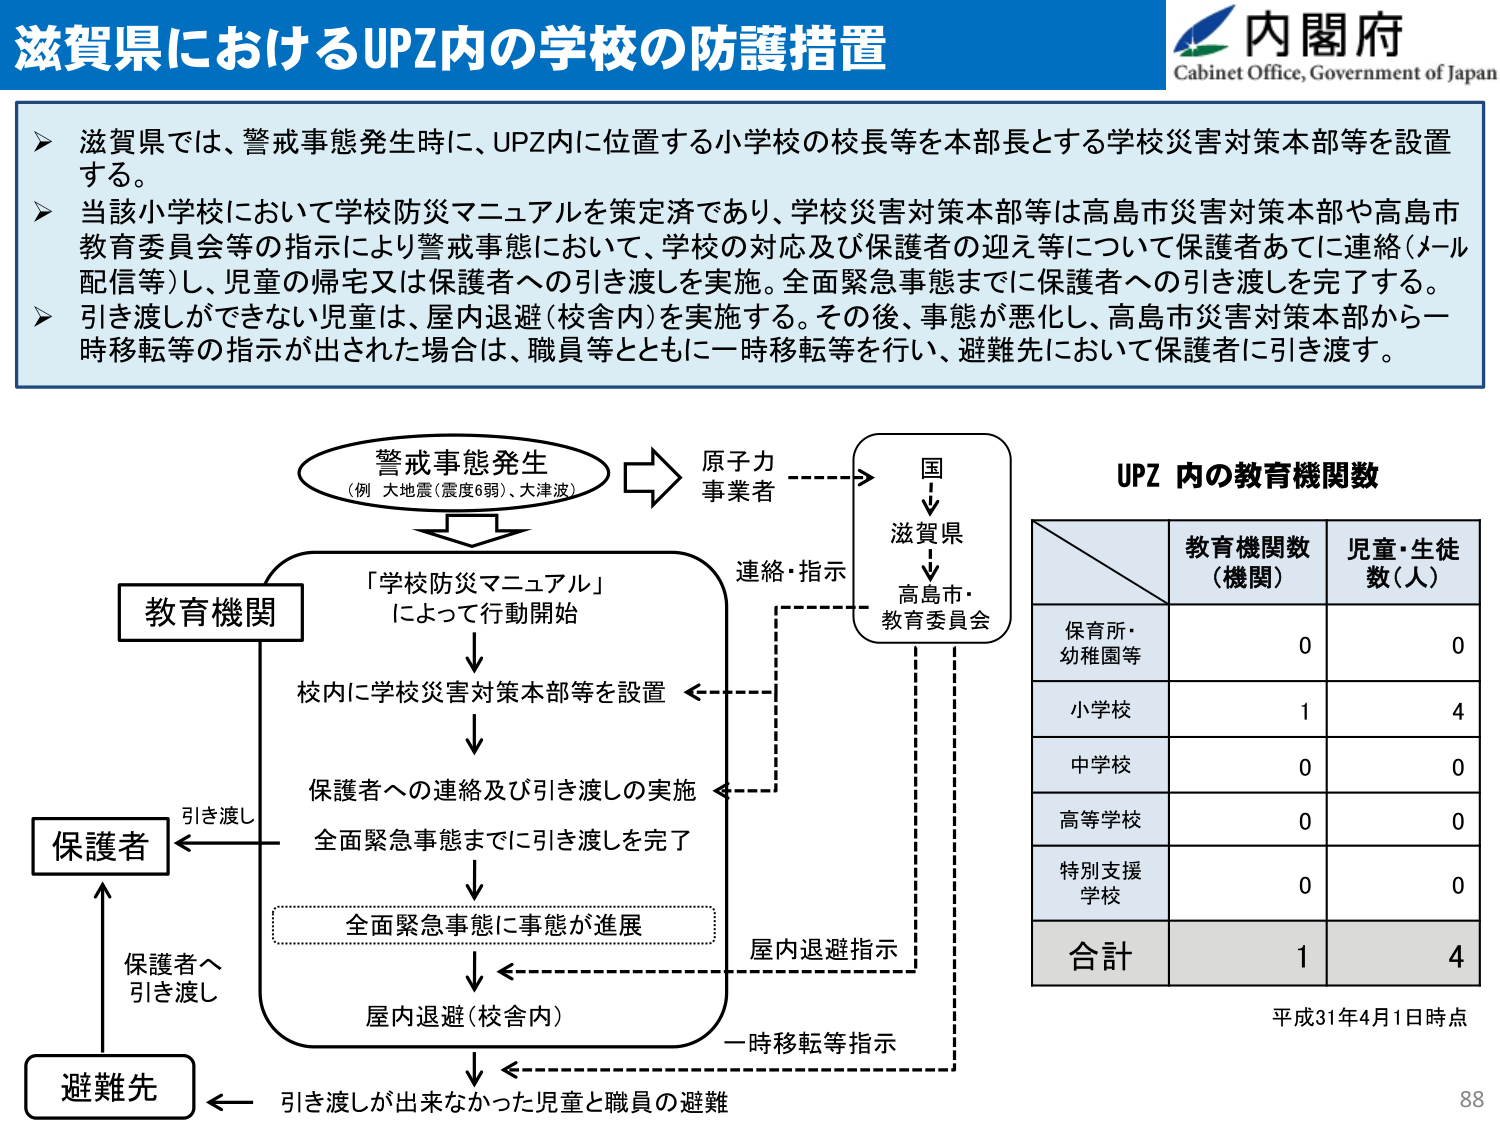
滋賀県におけるUPZ内の学校の防護措置

内閣府
Cabinet Office, Government of Japan

➤ 滋賀県では、警戒事態発生時に、UPZ内に位置する小学校の校長等を本部長とする学校災害対策本部等を設置する。
➤ 当該小学校において学校防災マニュアルを策定済であり、学校災害対策本部等は高島市災害対策本部や高島市教育委員会等の指示により警戒事態において、学校の対応及び保護者の迎え等について保護者あてに連絡（メール配信等）し、児童の帰宅又は保護者への引き渡しを実施。全面緊急事態までに保護者への引き渡しを完了する。
➤ 引き渡しができない児童は、屋内退避（校舎内）を実施する。その後、事態が悪化し、高島市災害対策本部から一時移転等の指示が出された場合、職員等とともに一時移転等を行い、避難先において保護者に引き渡す。

警戒事態発生
（例 大地震（震度6弱）、大津波）

原子力
事業者

国
↓
滋賀県
↓
高島市・
教育委員会

連絡・指示

教育機関

「学校防災マニュアル」
によって行動開始

校内に学校災害対策本部等を設置

保護者への連絡及び引き渡しの実施
全面緊急事態までに引き渡しを完了

全面緊急事態に事態が進展

屋内退避（校舎内）

屋内退避指示

一時移転等指示

保護者
← 引き渡し

避難先
← 保護者へ
引き渡し

引き渡しが出来なかった児童と職員の避難

UPZ 内の教育機関数

教育機関数
（機関） 児童・生徒
数（人）

保育所・
幼稚園等 0 0
小学校 1 4
中学校 0 0
高等学校 0 0
特別支援
学校 0 0
合計 1 4

平成31年4月1日時点

88